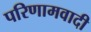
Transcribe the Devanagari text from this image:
परिणामवादी